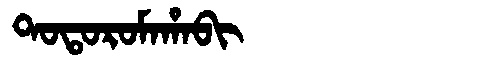
Manchu: ᡨᠣᡨᠣᡵᠣᠮᠠᡥᠠᠪᡳ
Romanization: TOTOROMAHABI